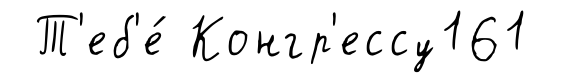
Т'еб'е́ Конгр'ессу161